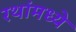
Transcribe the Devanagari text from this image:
रथांमध्ये